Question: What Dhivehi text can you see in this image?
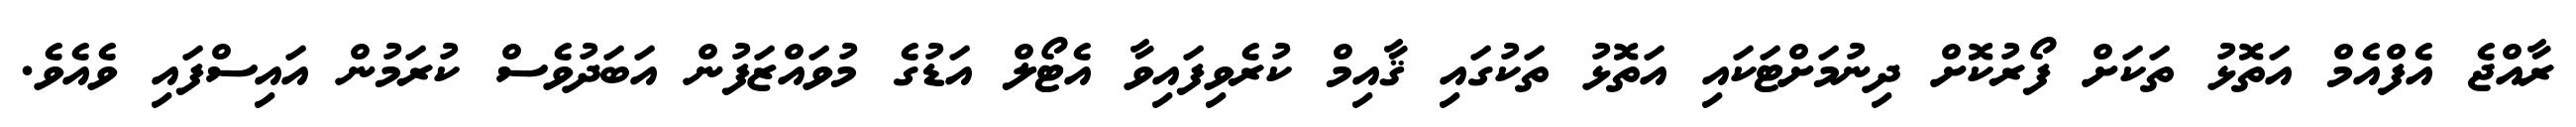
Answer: ރާއްޖެ އެފްއެމް އަތޮޅު ތަކަށް ފޯރުކޮށް ދިނުމަށްޓަކައި އަތޮޅު ތަކުގައި ޤާއިމް ކުރެވިފައިވާ އެޓޯލް އަޑުގެ މުވައްޒަފުން އަބަދުވެސް ކުރަމުން އައިސްފައި ވެއެވެ.